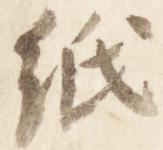
紙